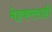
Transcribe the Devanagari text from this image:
मेहकरलाही